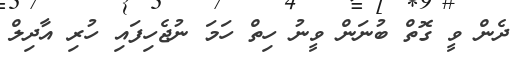
ދެން ވީ ގޮތް ބުނަން ވީނު ހިތް ހަމަ ނުޖެހިފައި ހުރި އާދިލް